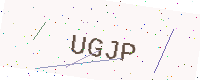
Text: UGJP